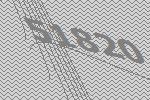
51820